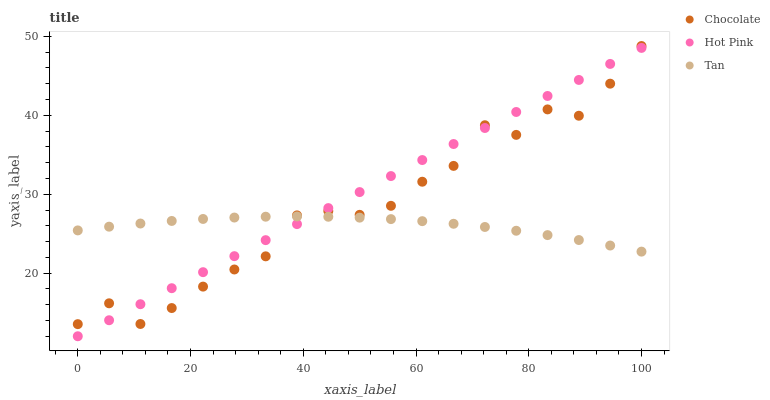
| xaxis_label | Chocolate | Hot Pink | Tan |
 | --- | --- | --- | --- |
 | 0 | 13.5 | 12 | 25.4 |
 | 5.56 | 16.2 | 14 | 25.9 |
 | 11.1 | 13.6 | 16.1 | 26.3 |
 | 16.7 | 15.6 | 18.1 | 26.6 |
 | 22.2 | 18.3 | 20.1 | 26.9 |
 | 27.8 | 20.5 | 22.2 | 27 |
 | 33.3 | 22.1 | 24.2 | 27.2 |
 | 38.9 | 27.3 | 26.2 | 27.2 |
 | 44.4 | 27.9 | 28.2 | 27.1 |
 | 50 | 27.4 | 30.3 | 27 |
 | 55.6 | 28.5 | 32.3 | 26.8 |
 | 61.1 | 31.6 | 34.3 | 26.6 |
 | 66.7 | 33.6 | 36.4 | 26.3 |
 | 72.2 | 38.7 | 38.4 | 25.8 |
 | 77.8 | 37.5 | 40.4 | 25.4 |
 | 83.3 | 40.8 | 42.5 | 24.8 |
 | 88.9 | 39.9 | 44.5 | 24.2 |
 | 94.4 | 44 | 46.5 | 23.5 |
 | 100 | 48.8 | 48.5 | 22.7 |